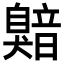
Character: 𬛯